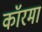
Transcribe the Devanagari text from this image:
कॉरमा